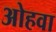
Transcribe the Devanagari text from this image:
ओहवा